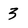
Character: 3